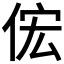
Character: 𫢦